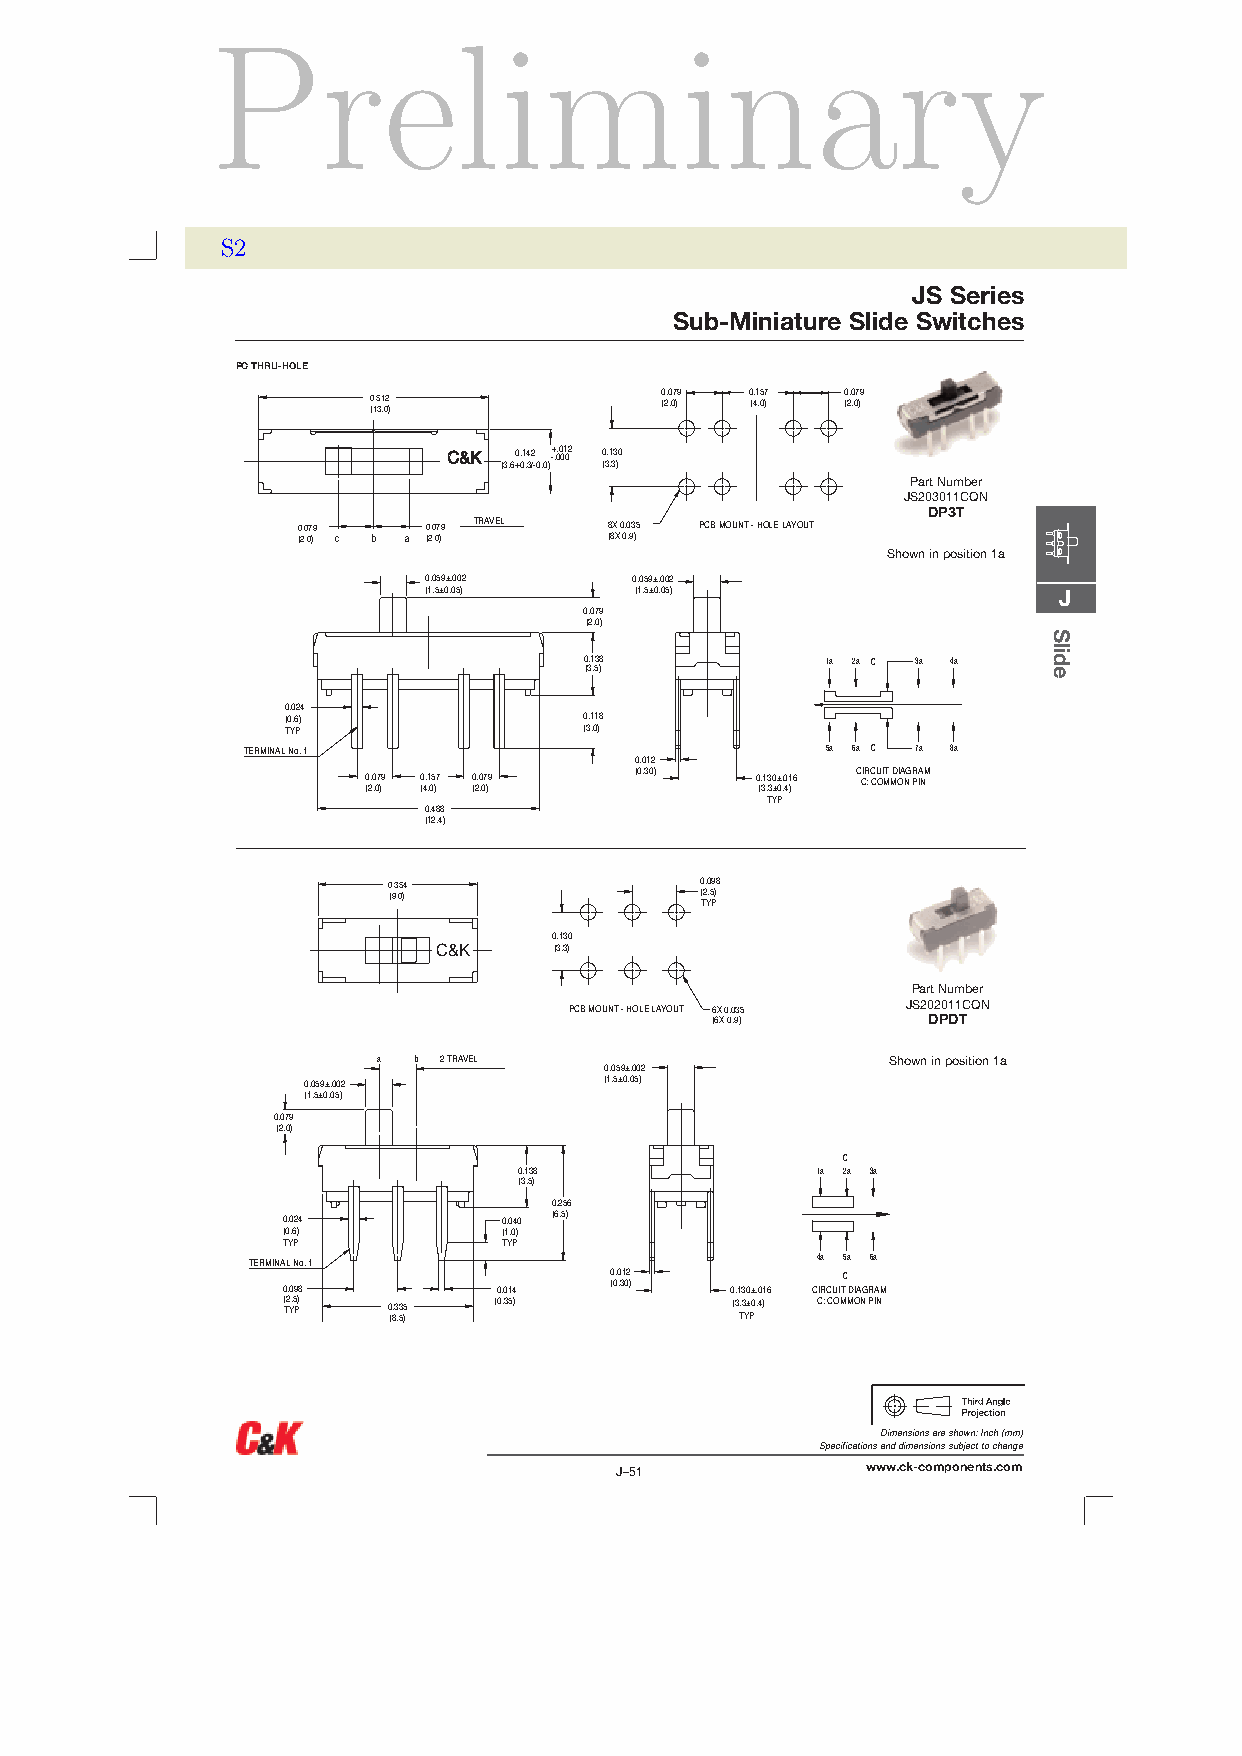
Preliminary
 S2
 JS Series
 Sub-Miniature Slide Switches
 PC THRU-HOLE
 0 (1.5 31 ,02
 )
 0 (2.0 ,07 )9 0 (4.1 ,05 )7 0 (2.0 ,07 )9
 CC&&KK 0.142 -+ .0.0 01 02 0.130
 (3,6+0,3/-0,0) (3,3)
 Part Number
 JS203011CQN
 DP3T
 0.079   0.079 TRAVEL 8X 0.035 PCB MOUNT - HOLE LAYOUT
 (2,0) c b a (2,0)   (8X 0,9)
 Shown in position 1a
 0.059±.002    0.059±.002
 (1,5±0,05)    (1,5±0,05)                  J
 0.079
 (2,0)
 0 (3.1 ,53 )8   1á 2á C 3á 4á
 0.024
 (0,6)               0.118
 TYP                 (3,0)
 TERMINAL No. 1                         5á 6á C 7á 8á
 0.012
 0 (2.0 ,07 )9 0 (4.1 ,05 )7 0 (2.0 ,07 )9 (0,30) 0 (. 31 ,3 30 ±± 0. ,0 41 )6 C CIR : C CU OI MT MD OIA NG R PIA NM
 TYP
 0.488
 (12,4)
 0 (9.3 ,05 )4       0 (2.0 ,59 )8
 TYP
 0.130
 C&K     (3,3)
 Part Number
 JS202011CQN
 PCB MOUNT - HOLE LAYOUT 6 (6X X 0 0.0 ,93 )5 DPDT
 a b 2 TRAVEL                      Shown in position 1a
 0.059±.002
 0.059±.002          (1,5±0,05)
 (1,5±0,05)
 0.079
 (2,0)
 C
 0.138               1á 2á 3á
 (3,5)
 0.256
 0.024         0.040 (6,5)
 (0,6)         (1,0)
 TYP           TYP
 TERMINAL No. 1                        4á 5á 6á
 0
 (
 T2. Y0 ,59 P)8
 0 (8.3 ,53 )5
 (0 0. ,0 31 54
 )
 0 (0.0 ,31 02
 )     0 (. 31 T,3
 3
 Y0
 ±
 P± 0. ,0 41 )6 C CIR
 :
 C CU OI
 MTC
 MD OIA NG R PIA NM
 Dimensions are shown:Inch(mm)
 Specifications and dimensions subject to change
 J–51            www.ck-components.com
 Slide